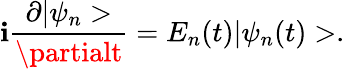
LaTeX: \mathbf{i}\frac{{\partial|\psi_{n}>}}{{\partialt}}=E_{n}(t)|\psi_{n}(t)>.